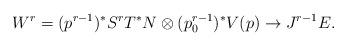
LaTeX: \begin{align*} W^r=(p^{r-1})^\ast S^rT^\ast N \otimes (p_0^{r-1})^\ast V(p)\to J^{r-1}E.\end{align*}